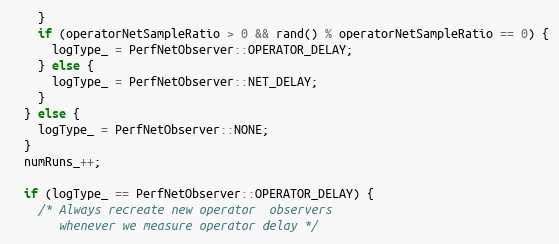
Language: C++
    }
    if (operatorNetSampleRatio > 0 && rand() % operatorNetSampleRatio == 0) {
      logType_ = PerfNetObserver::OPERATOR_DELAY;
    } else {
      logType_ = PerfNetObserver::NET_DELAY;
    }
  } else {
    logType_ = PerfNetObserver::NONE;
  }
  numRuns_++;

  if (logType_ == PerfNetObserver::OPERATOR_DELAY) {
    /* Always recreate new operator  observers
       whenever we measure operator delay */